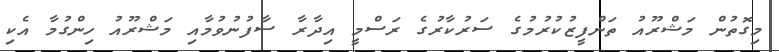
މިގޮތުން މަޝްރޫއު ތަންފީޒުކުރުމުގެ ސަރުކާރުގެ ރަސްމީ އިދާރާ ސާފުނުވުމާއި މަޝްރޫއު ހިންގުމާ އެކި